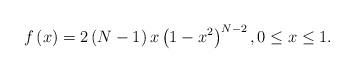
LaTeX: \begin{align*}f\left( x \right) = 2\left( {N - 1} \right)x\left( {1 - x^2 } \right)^{N - 2} ,0 \leq x \leq 1.\end{align*}